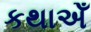
કથાએઁ